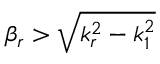
\beta _ { r } > \sqrt { k _ { r } ^ { 2 } - k _ { 1 } ^ { 2 } }